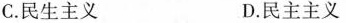
C.民生主义 D.民主主义